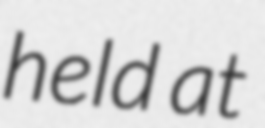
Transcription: held at